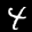
Label: 4